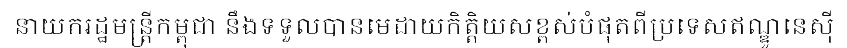
នាយករដ្ឋមន្ត្រីកម្ពុជា នឹងទទួលបានមេដាយកិត្តិយសខ្ពស់បំផុតពីប្រទេសឥណ្ឌូនេស៊ី